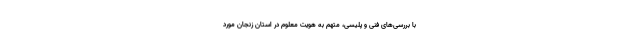
با بررسی‌های فنی و پلیسی، متهم به هویت‌ معلوم در استان‌ زنجان مورد